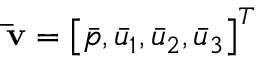
{ \bf { \bar { v } } } = { \left[ { \bar { p } , { { \bar { u } } _ { 1 } } , { { \bar { u } } _ { 2 } } , { { \bar { u } } _ { 3 } } } \right] ^ { T } }